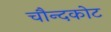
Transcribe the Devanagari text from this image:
चौन्दकोट